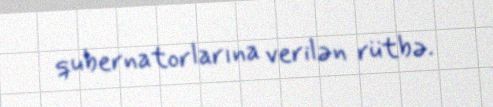
qubernatorlarına verilən rütbə.